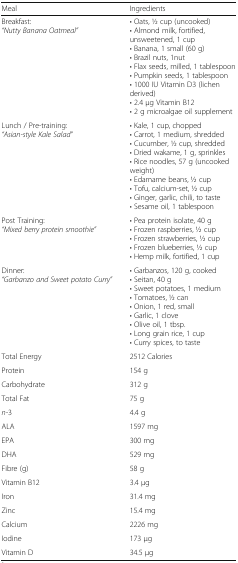
| Meal | Ingredients |
 | --- | --- |
 | Breakfast:“Nutty Banana Oatmeal” | • Oats, 1⁄2 cup (uncooked)• Almond milk, fortified, unsweetened, 1 cup• Banana, 1 small (60 g)• Brazil nuts, 1nut• Flax seeds, milled, 1 tablespoon• Pumpkin seeds, 1 tablespoon• 1000 IU Vitamin D3 (lichen derived)• 2.4 μg Vitamin B12• 2 g microalgae oil supplement |
 | Lunch / Pre-training:“Asian-style Kale Salad” | • Kale, 1 cup, chopped• Carrot, 1 medium, shredded• Cucumber, 1⁄2 cup, shredded• Dried wakame, 1 g, sprinkles• Rice noodles, 57 g (uncooked weight)• Edamame beans, 1⁄2 cup• Tofu, calcium-set, 1⁄2 cup• Ginger, garlic, chili, to taste• Sesame oil, 1 tablespoon |
 | Post Training:“Mixed berry protein smoothie” | • Pea protein isolate, 40 g• Frozen raspberries, 1⁄2 cup• Frozen strawberries, 1⁄2 cup• Frozen blueberries, 1⁄2 cup• Hemp milk, fortified, 1 cup |
 | Dinner:“Garbanzo and Sweet potato Curry” | • Garbanzos, 120 g, cooked• Seitan, 40 g• Sweet potatoes, 1 medium• Tomatoes, 1⁄2 can• Onion, 1 red, small• Garlic, 1 clove• Olive oil, 1 tbsp.• Long grain rice, 1 cup• Curry spices, to taste |
 | Total Energy | 2512 Calories |
 | Protein | 154 g |
 | Carbohydrate | 312 g |
 | Total Fat | 75 g |
 | n-3 | 4.4 g |
 | ALA | 1597 mg |
 | EPA | 300 mg |
 | DHA | 529 mg |
 | Fibre (g) | 58 g |
 | Vitamin B12 | 3.4 μg |
 | Iron | 31.4 mg |
 | Zinc | 15.4 mg |
 | Calcium | 2226 mg |
 | Iodine | 173 μg |
 | Vitamin D | 34.5 μg |